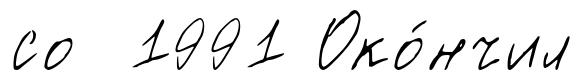
со 1991 Око́нчил